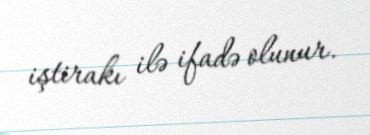
iştirakı ilə ifadə olunur.